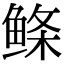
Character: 鲦